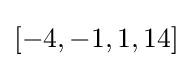
[-4,-1,1,14]